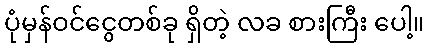
ပုံမှန်ဝင်ငွေတစ်ခု ရှိတဲ့ လခ စားကြီး ပေါ့။